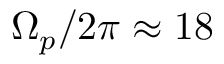
\Omega _ { p } / 2 \pi \approx 1 8